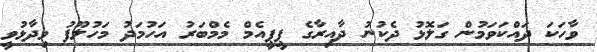
ވާހަކަ ދައްކަވަމުން ގަލޮޅު ދެކުނު ދާއިރާގެ ޕީޕީއެމް މެމްބަރު އަހުމަދު މަހުލޫފު ވިދާޅުވީ